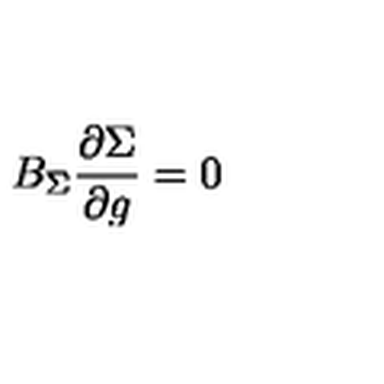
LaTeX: B _ { \Sigma } \frac { \partial \Sigma } { \partial g } = 0